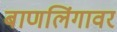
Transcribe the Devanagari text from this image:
बाणलिंगावर